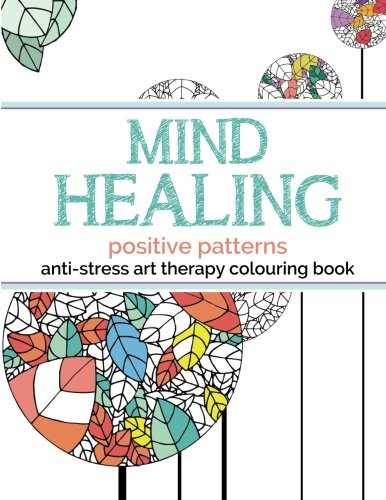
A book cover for Mind Healing Anti-Stress Art Therapy Colouring Book: Positive Patterns: Experience relaxation and stimulation through colouring; Christina Rose; Arts & Photography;